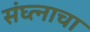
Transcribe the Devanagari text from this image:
संघ्त्नाचा